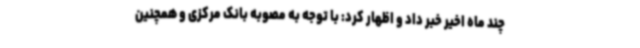
چند ماه اخیر خبر داد و اظهار کرد: با توجه به مصوبه بانک مرکزی و همچنین